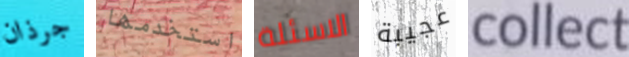
جرذان استخدمها الاسئلة عجيبة collect